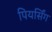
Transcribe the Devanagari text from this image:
पियर्सिंग